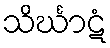
သိင်္ဃာဋံ